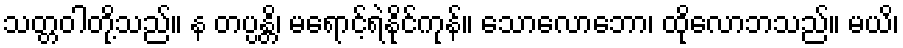
သတ္တဝါတို့သည်။ န တပ္ပန္တိ၊ မရောင့်ရဲနိုင်ကုန်။ သောလောဘော၊ ထိုလောဘသည်။ မယိ၊